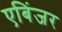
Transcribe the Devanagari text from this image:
एबिंजर